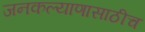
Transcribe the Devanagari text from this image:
जनकल्याणासाठीच